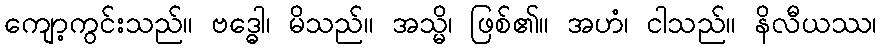
ကျော့ကွင်းသည်။ ဗဒ္ဓေါ၊ မိသည်။ အသ္မိ၊ ဖြစ်၏။ အဟံ၊ ငါသည်။ နိလီယဿ၊